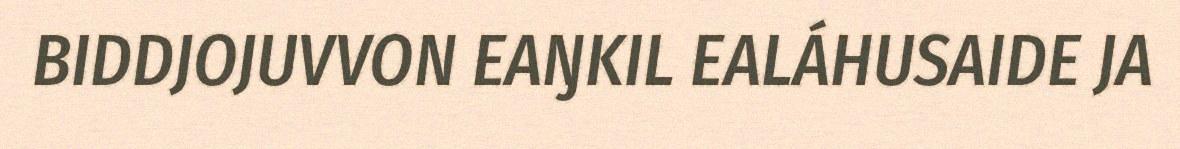
BIDDJOJUVVON EAŊKIL EALÁHUSAIDE JA